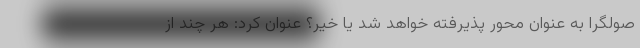
صولگرا به عنوان محور پذیرفته خواهد شد یا خیر؟ عنوان کرد: هر چند از